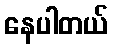
နေပါတယ်